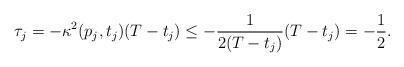
LaTeX: \begin{align*} \tau_j = -\kappa^2(p_j,t_j)(T-t_j)\leq- \frac{1}{2(T-t_j)}(T-t_j) = - \frac{1}{2}. \end{align*}